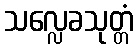
သလ္လေခသုတ္တံ